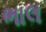
ભાલ